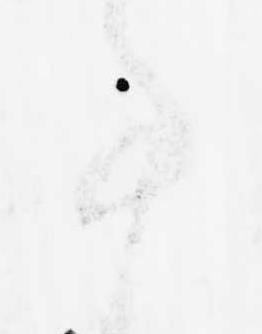
事